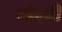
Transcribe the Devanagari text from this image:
नांदसी